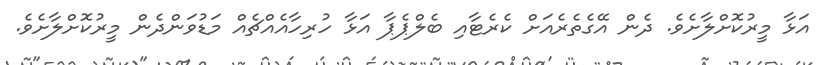
އަޅާ މީރުކޮށްލާށެވެ. ދެން އޭގެތެރެއަށް ކެރެޓާއި ބެލްޕެޕާ އަޅާ ހުރިހާއެއްޗެއް މަޑުވަންދެން މީރުކޮށްލާށެވެ.